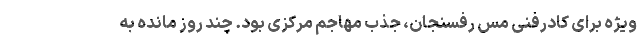
ویژه برای کادرفنی مس رفسنجان، جذب مهاجم مرکزی بود. چند روز مانده به